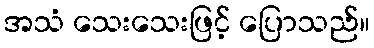
အသံ သေးသေးဖြင့် ပြောသည်။